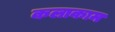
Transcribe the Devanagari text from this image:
कलाकाम